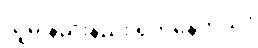
သူမ နည်းနည်း ရှက်နေတယ်။